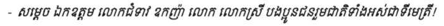
- សម្តេច ឯកឧត្តម លោកជំទាវ ឧកញ្ញ៉ា លោក លោកស្រី បងប្អូនជនរួមជាតិទាំងអស់ជាទីមេត្រី!